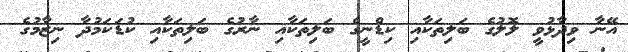
އޭނާ ވިދާޅުވީ ލޮލުގެ ބަލިތަކާއި ކިޑްނީގެ ބަލިތަކާއި ނާރުގެ ބަލިތަކާއި ކުޑަކަމުދާ ނިޒާމުގެ